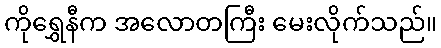
ကိုရွှေနီက အလောတကြီး မေးလိုက်သည်။